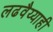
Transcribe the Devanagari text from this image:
लढवैय्याही